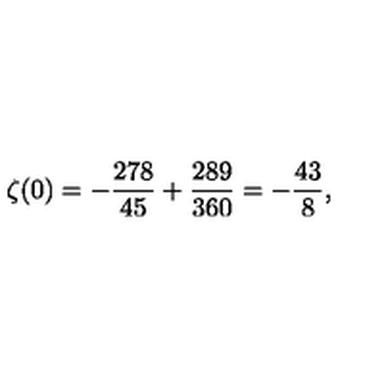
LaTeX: \zeta ( 0 ) = - { \frac { 2 7 8 } { 4 5 } } + { \frac { 2 8 9 } { 3 6 0 } } = - { \frac { 4 3 } { 8 } } ,